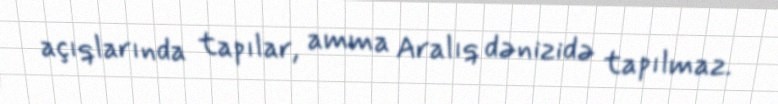
açıqlarında tapılar, amma Aralıq dənizidə tapılmaz.